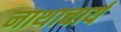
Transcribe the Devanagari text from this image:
नाथाचार्य